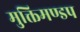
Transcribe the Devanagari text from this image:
मुक्तिमण्डप